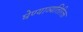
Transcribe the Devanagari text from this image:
घेण्याव्यतिरिक्त